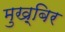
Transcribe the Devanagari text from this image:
मुख़्बिर